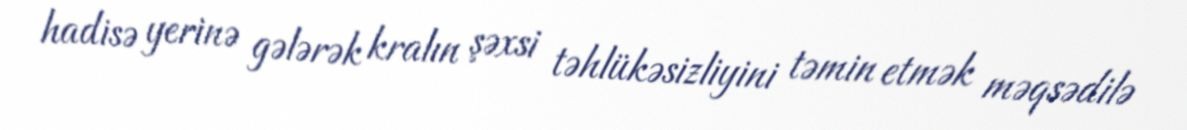
hadisə yerinə gələrək kralın şəxsi təhlükəsizliyini təmin etmək məqsədilə